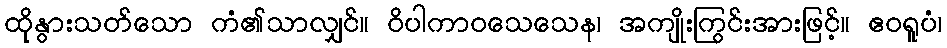
ထိုနွားသတ်သော ကံ၏သာလျှင်။ ဝိပါကာဝသေသေန၊ အကျိုးကြွင်းအားဖြင့်။ ဧဝရူပံ၊